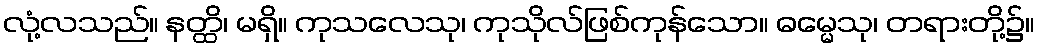
လုံ့လသည်။ နတ္ထိ၊ မရှိ။ ကုသလေသု၊ ကုသိုလ်ဖြစ်ကုန်သော။ ဓမ္မေသု၊ တရားတို့၌။